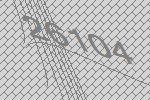
26104